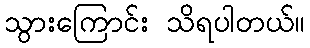
သွားကြောင်း သိရပါတယ်။